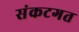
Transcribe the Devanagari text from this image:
संकटगत